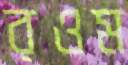
রওম